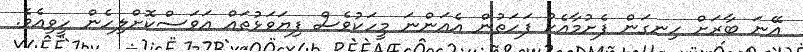
އޭނަ ބާރަށް ހިނގަން ފެށުމާއެކު ފަހަތުން އެއަންނަ މީހަކުވެސް ފިޔަވަޅުތައް އަވަސްކޮށްލިހެން ހީވިއެވެ.